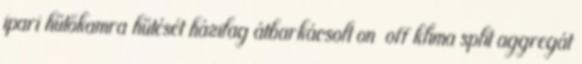
ipari hűtőkamra hűtését házilag átbarkácsolt on off klíma split aggregát